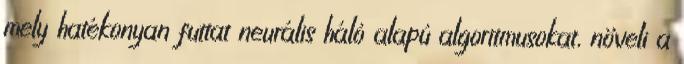
mely hatékonyan futtat neurális háló alapú algoritmusokat, növeli a